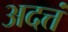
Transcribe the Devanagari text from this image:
अदत्तं